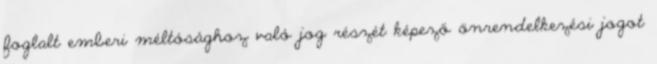
foglalt emberi méltósághoz való jog részét képező önrendelkezési jogot